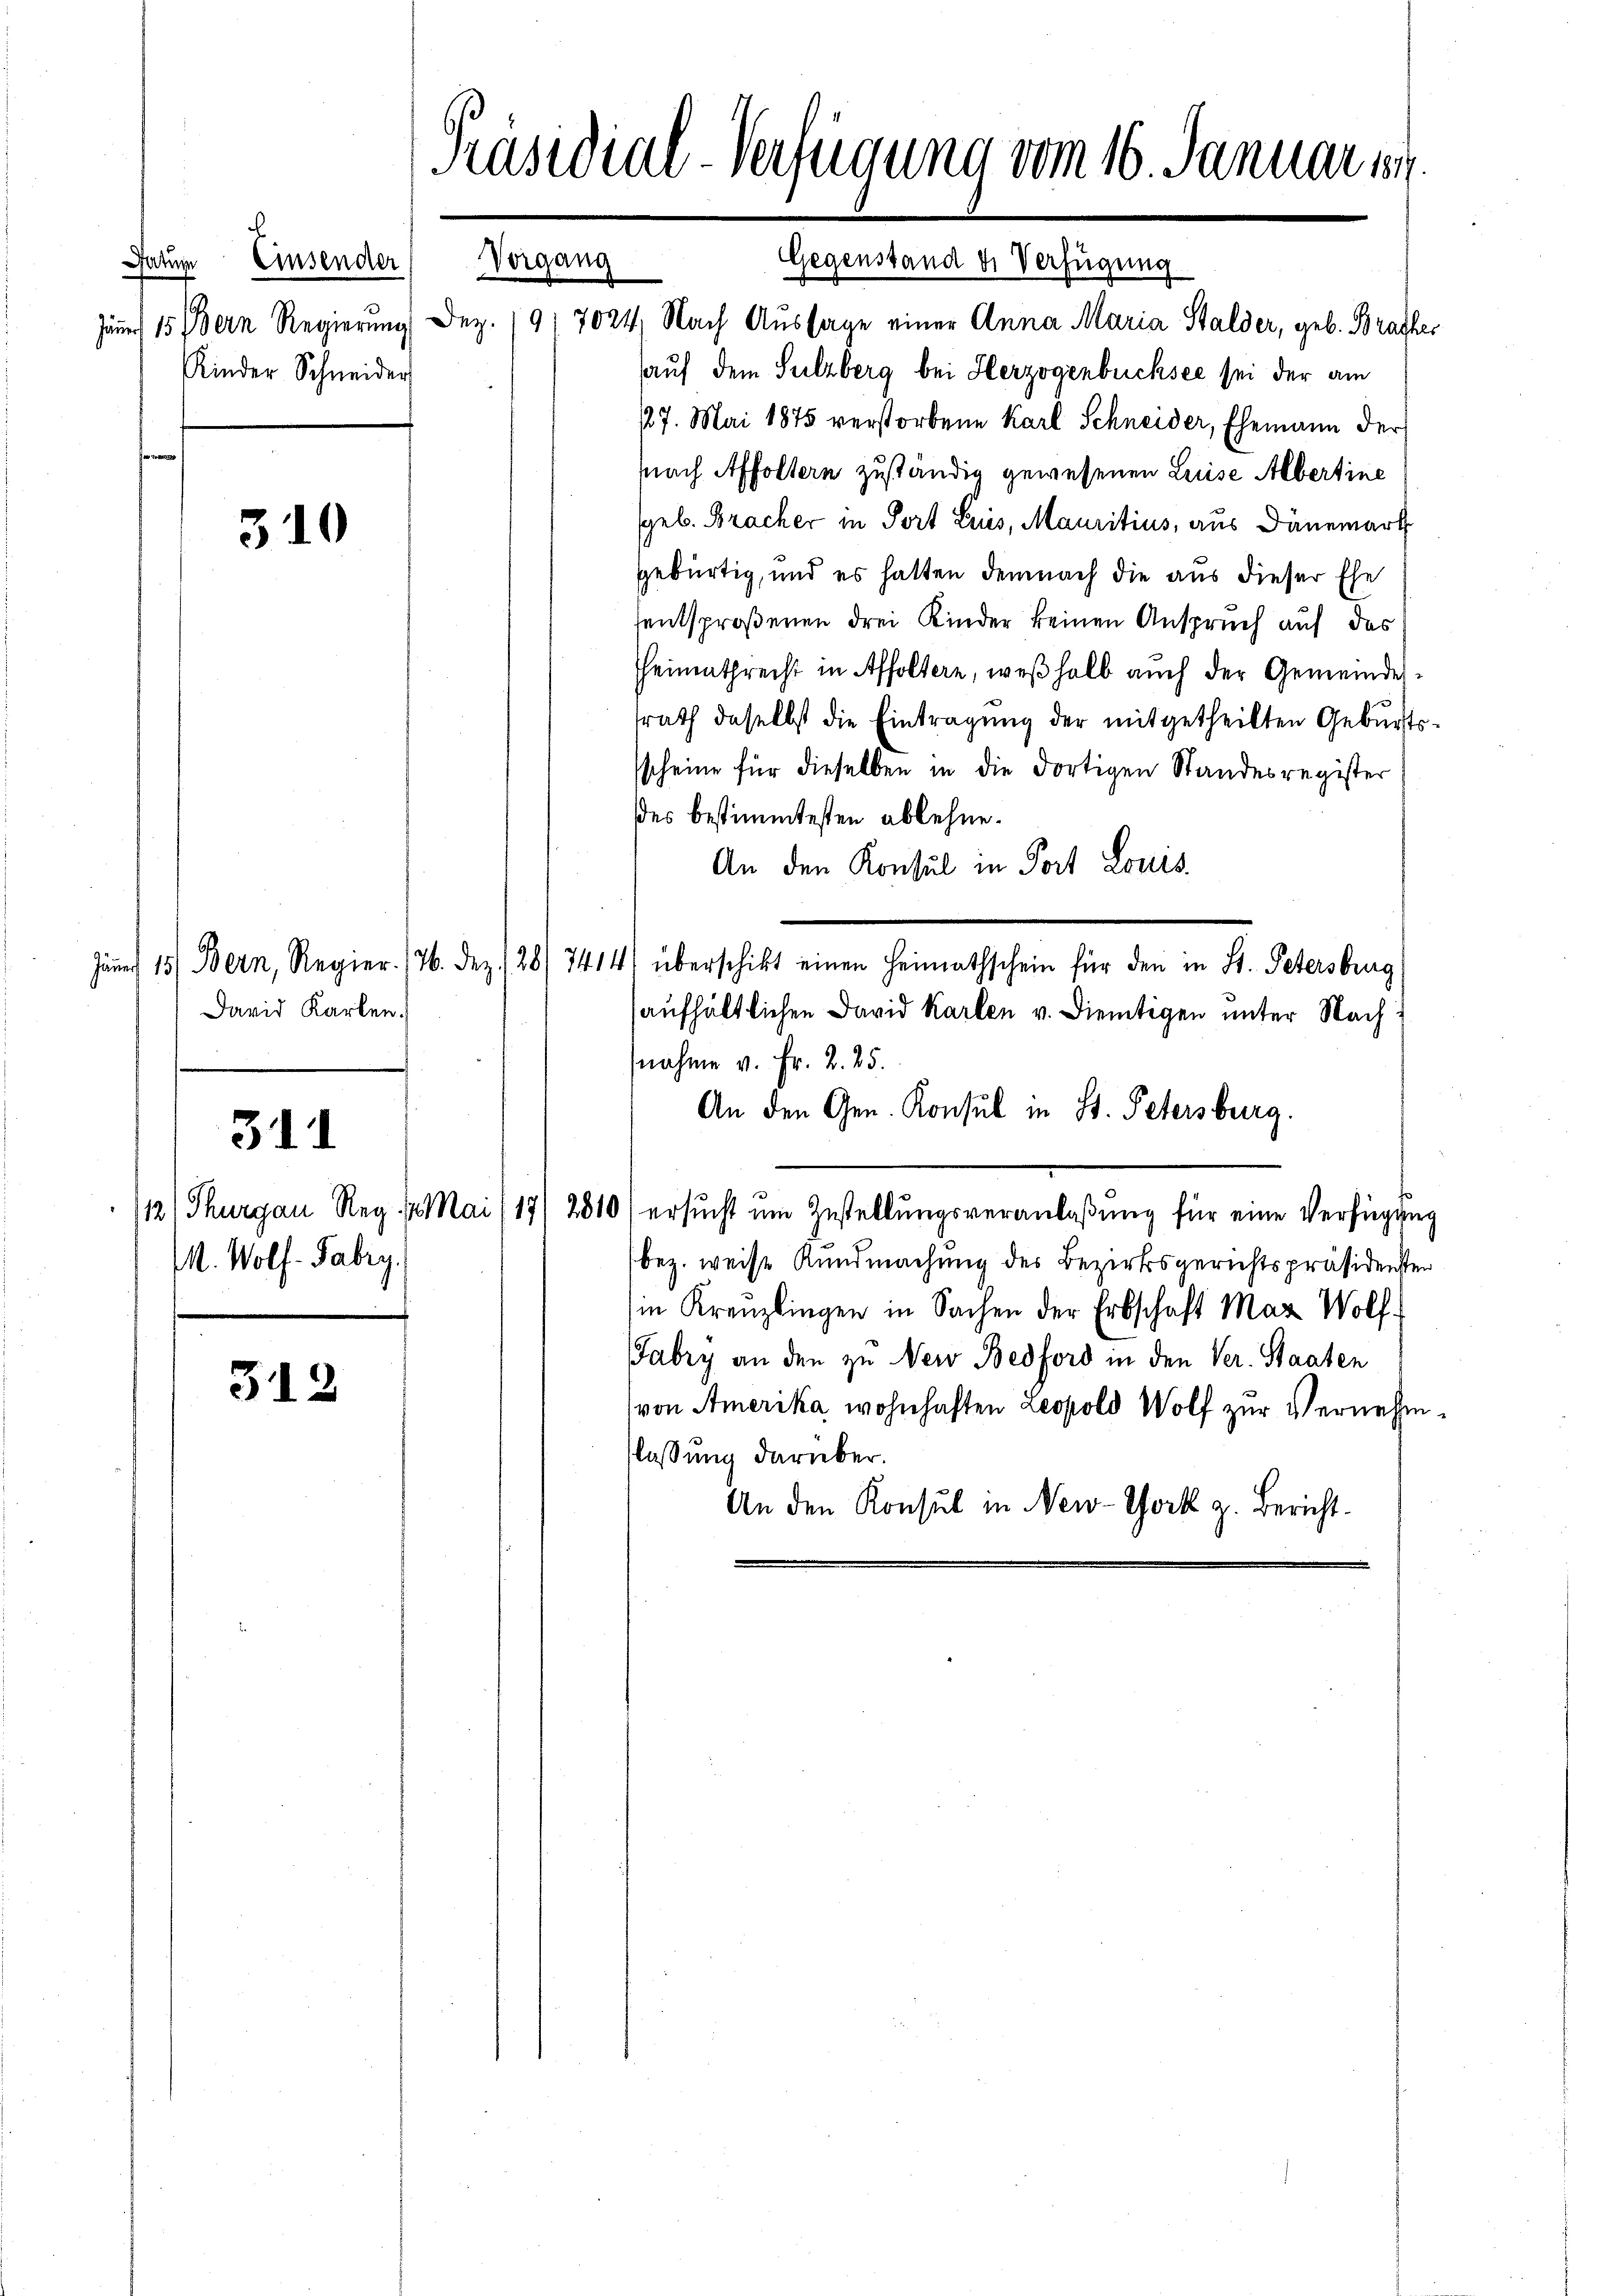
¬
Vorgang
Datum Einsender
Kinder Schneider

310

David Karlen.

311

M. Wolf-Fabry.

312

Präsidial-Verfügung vom 16. Januar 184.

Gegenstand die Verfügung
Jänner 15 Bern Regierung Dez. 191 7024, Nach Aussage einer Anna Maria Stalder, geb. Brathes
auf dem Sulzberg bei Herzogenbüchsee sei der am
127. Mai 1875 verstorbene Karl Schneider, Ehemann der
(nach Affoltern zuständig gewesenen Luise Albertine
(geb. Bracher in Port Luis, Mauritius, aus Dänemark
gebürtig, und es hatten demnach die aus dieser Ehe
sentsproßenen drei Kinder keinen Anspruch auf das
Heimathrecht in Affoltere, weßhalb auch der Gemeindessrath daselbst die Eintragung der mitgetheilten Geburtssscheine für dieselben in die dortigen Standesregister
des bestimmtesten ablehne.
An den Konsul in Port Louis
Jänner 15 Bern, Regier. 176. Dez. 128/ 7414) überschikt einen Heimathschein für den in St. Petersbrug;
aufhältlichen David Karten v. Dientigen unter Nach
nahme v. Fr. 2. 25.
An den Gen. Konsul in St. Petersburg.
112) Thurgau Reg. 4. Mai (17/2810) ersŭcht um Zustellŭngsveranlaßung für eine Verfügung
bez. weise Kundmachung des Bezirksgerichtspräsidensten
in Kreuzlingen in Sachen der Erbschaft Max Wolf
Fabry an den zu Nerv Bedford in den Ver. Staaten
(von Amerika wohnhaften Leopold Wolf zur Vernehm-
flassung darüber.
An den Konsul in New-York z. Bericht